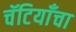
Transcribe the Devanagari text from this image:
चॅटियाँचा